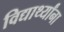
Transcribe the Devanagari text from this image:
विद्यार्थ्‍यांना